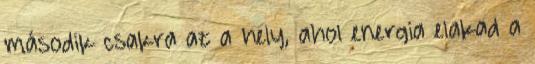
második csakra az a hely, ahol energia elakad a